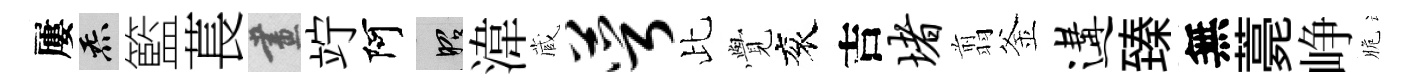
屢炁籃萇畫竚阿昭湋蔵萼比𮗜衮吉堵翦釜遘臻無薧峥脆